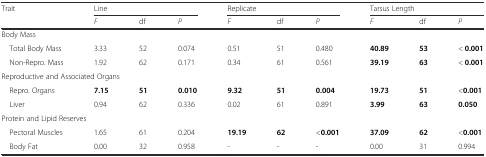
<table><thead><tr><td><b>Trait</b></td><td colspan="3"><b>Line</b></td><td colspan="3"><b>Replicate</b></td><td colspan="3"><b>Tarsus Length</b></td></tr><tr><td>[EMPTY_CELL]</td><td><b><i>F</i></b></td><td><b>df</b></td><td><b><i>P</i></b></td><td><b><i>F</i></b></td><td><b>df</b></td><td><b><i>P</i></b></td><td><b><i>F</i></b></td><td><b>df</b></td><td><b><i>P</i></b></td></tr></thead><tbody><tr><td colspan="10">Body Mass</td></tr><tr><td> Total Body Mass</td><td>3.33</td><td>52</td><td>0.074</td><td>0.51</td><td>51</td><td>0.480</td><td><b>40.89</b></td><td><b>53</b></td><td>&lt; <b>0.001</b></td></tr><tr><td> Non-Repro. Mass</td><td>1.92</td><td>62</td><td>0.171</td><td>0.34</td><td>61</td><td>0.561</td><td><b>39.19</b></td><td><b>63</b></td><td>&lt; <b>0.001</b></td></tr><tr><td colspan="10">Reproductive and Associated Organs</td></tr><tr><td> Repro. Organs</td><td><b>7.15</b></td><td><b>51</b></td><td><b>0.010</b></td><td><b>9.32</b></td><td><b>51</b></td><td><b>0.004</b></td><td><b>19.73</b></td><td><b>51</b></td><td>&lt;<b>0.001</b></td></tr><tr><td> Liver</td><td>0.94</td><td>62</td><td>0.336</td><td>0.02</td><td>61</td><td>0.891</td><td><b>3.99</b></td><td><b>63</b></td><td><b>0.050</b></td></tr><tr><td colspan="10">Protein and Lipid Reserves</td></tr><tr><td> Pectoral Muscles</td><td>1.65</td><td>61</td><td>0.204</td><td><b>19.19</b></td><td><b>62</b></td><td>&lt;<b>0.001</b></td><td><b>37.09</b></td><td><b>62</b></td><td>&lt;<b>0.001</b></td></tr><tr><td> Body Fat</td><td>0.00</td><td>32</td><td>0.958</td><td>-</td><td>-</td><td>-</td><td>0.00</td><td>31</td><td>0.994</td></tr></tbody></table>